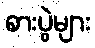
စားပွဲများ